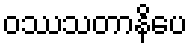
ဝဿသတာနိပေ